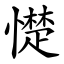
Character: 憷